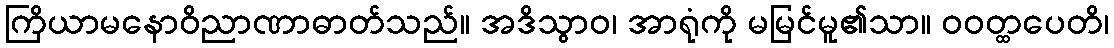
ကြိယာမနောဝိညာဏာဓာတ်သည်။ အဒိသွာဝ၊ အာရုံကို မမြင်မူ၏သာ။ ဝဝတ္ထပေတိ၊